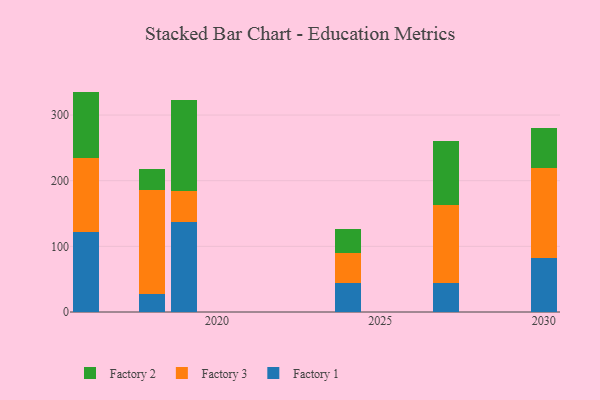
{"axis": {"x": "Year", "y": "Latency (ms)"}, "legend": ["Factory 1", "Factory 2", "Factory 3"], "data": [{"x": "2018", "y": 26.8, "type": "Factory 1"}, {"x": "2018", "y": 159.0, "type": "Factory 3"}, {"x": "2018", "y": 31.7, "type": "Factory 2"}, {"x": "2016", "y": 122.1, "type": "Factory 1"}, {"x": "2016", "y": 112.6, "type": "Factory 3"}, {"x": "2016", "y": 101.0, "type": "Factory 2"}, {"x": "2027", "y": 44.4, "type": "Factory 1"}, {"x": "2027", "y": 118.9, "type": "Factory 3"}, {"x": "2027", "y": 97.6, "type": "Factory 2"}, {"x": "2024", "y": 43.7, "type": "Factory 1"}, {"x": "2024", "y": 46.6, "type": "Factory 3"}, {"x": "2024", "y": 36.2, "type": "Factory 2"}, {"x": "2019", "y": 137.8, "type": "Factory 1"}, {"x": "2019", "y": 46.6, "type": "Factory 3"}, {"x": "2019", "y": 138.8, "type": "Factory 2"}, {"x": "2030", "y": 81.8, "type": "Factory 1"}, {"x": "2030", "y": 137.6, "type": "Factory 3"}, {"x": "2030", "y": 61.0, "type": "Factory 2"}]}